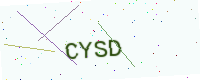
Text: CYSD